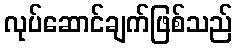
လုပ်ဆောင်ချက်ဖြစ်သည်